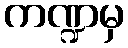
ကဏ္ဍမှ